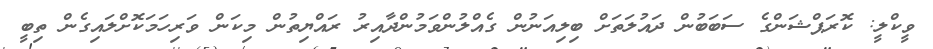
ވީކްލީ: ކޮރަޕްޝަންގެ ސަބަބުން ދައުލަތަށް ބިލިއަނުން ގެއްލުންވަމުންދާއިރު ރައްޔިތުން މިކަން ވަރިހަމަކޮށްލައިގެން ތިބީ